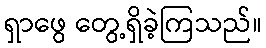
ရှာဖွေ တွေ့ရှိခဲ့ကြသည်။